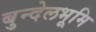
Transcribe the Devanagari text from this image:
बुन्देलभूमि